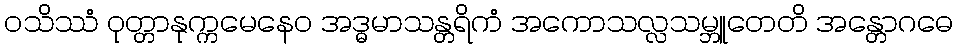
ဝသိဿံ ဝုတ္တာနုက္ကမေနေဝ အဒ္ဓမာသန္တရိကံ အကောသလ္လသမ္ဘူတေတိ အန္တောဂဓေ